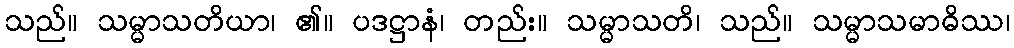
သည်။ သမ္မာသတိယာ၊ ၏။ ပဒဋ္ဌာနံ၊ တည်း။ သမ္မာသတိ၊ သည်။ သမ္မာသမာဓိဿ၊